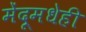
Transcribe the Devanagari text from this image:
मेंदूमधेही